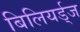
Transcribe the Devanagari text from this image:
बिलियर्ड्‌ज